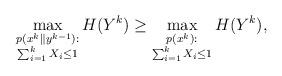
LaTeX: \begin{align*}\max_{\substack{p(x^k\|y^{k-1}):\\ \sum_{i=1}^{k}X_i\leq1}}H(Y^k)\geq \max_{\substack{p(x^k):\\ \sum_{i=1}^{k}X_i\leq1}}H(Y^k),\end{align*}